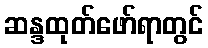
ဆန္ဒထုတ်ဖော်ရာတွင်